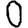
Digit: 0